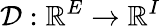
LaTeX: \mathcal{D}:\mathbb{R}^{E}\rightarrow\mathbb{R}^{I}